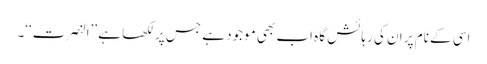
اسی کے نام پر ان کی رہائش گاہ اب بھی موجود ہے جس پر لکھا ہے ’’النصرت‘‘۔